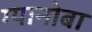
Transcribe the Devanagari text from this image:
ग्यानोबा